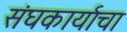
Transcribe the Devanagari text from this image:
संघकार्याचा